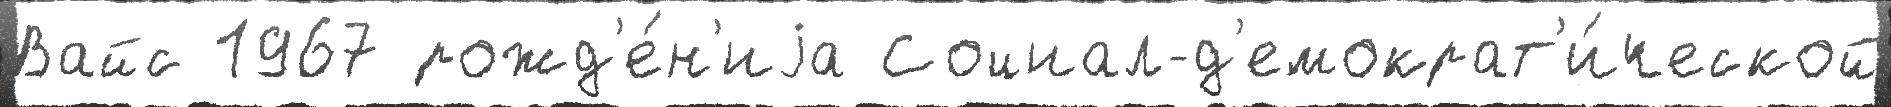
Вайс 1967 рожд'е́н'иjа Социал-д'емократ'и́ческой